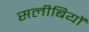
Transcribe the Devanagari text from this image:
सलीबियों